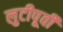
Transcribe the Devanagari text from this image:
लुटीपूर्वी